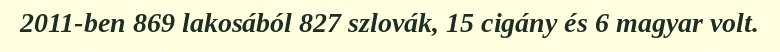
2011-ben 869 lakosából 827 szlovák, 15 cigány és 6 magyar volt.